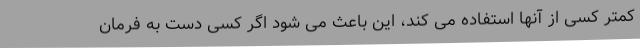
کمتر کسی از آنها استفاده می کند، این باعث می شود اگر کسی دست به فرمان